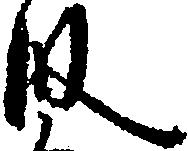
段